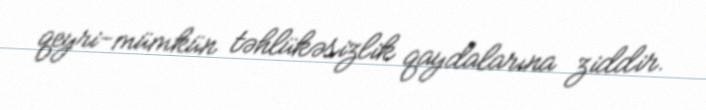
qeyri-mümkün təhlükəsizlik qaydalarına ziddir.